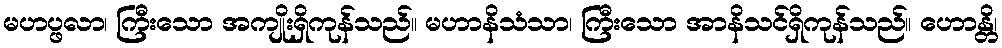
မဟပ္ဖလာ၊ ကြီးသော အကျိုးရှိကုန်သည်။ မဟာနိသံသာ၊ ကြီးသော အာနိသင်ရှိကုန်သည်။ ဟောန္တိ၊